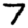
Digit: 7